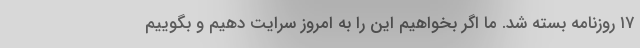
۱۷ روزنامه بسته شد. ما اگر بخواهیم این را به امروز سرایت دهیم و بگوییم